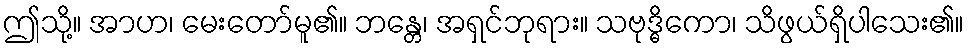
ဤသို့။ အာဟ၊ မေးတော်မူ၏။ ဘန္တေ၊ အရှင်ဘုရား။ သဗုဒ္ဓိကော၊ သိဖွယ်ရှိပါသေး၏။